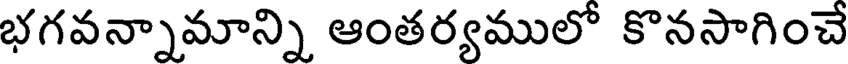
భగవన్నామాన్ని ఆంతర్యములో కొనసాగించే